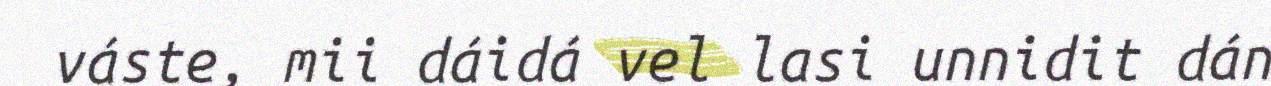
váste, mii dáidá vel lasi unnidit dán